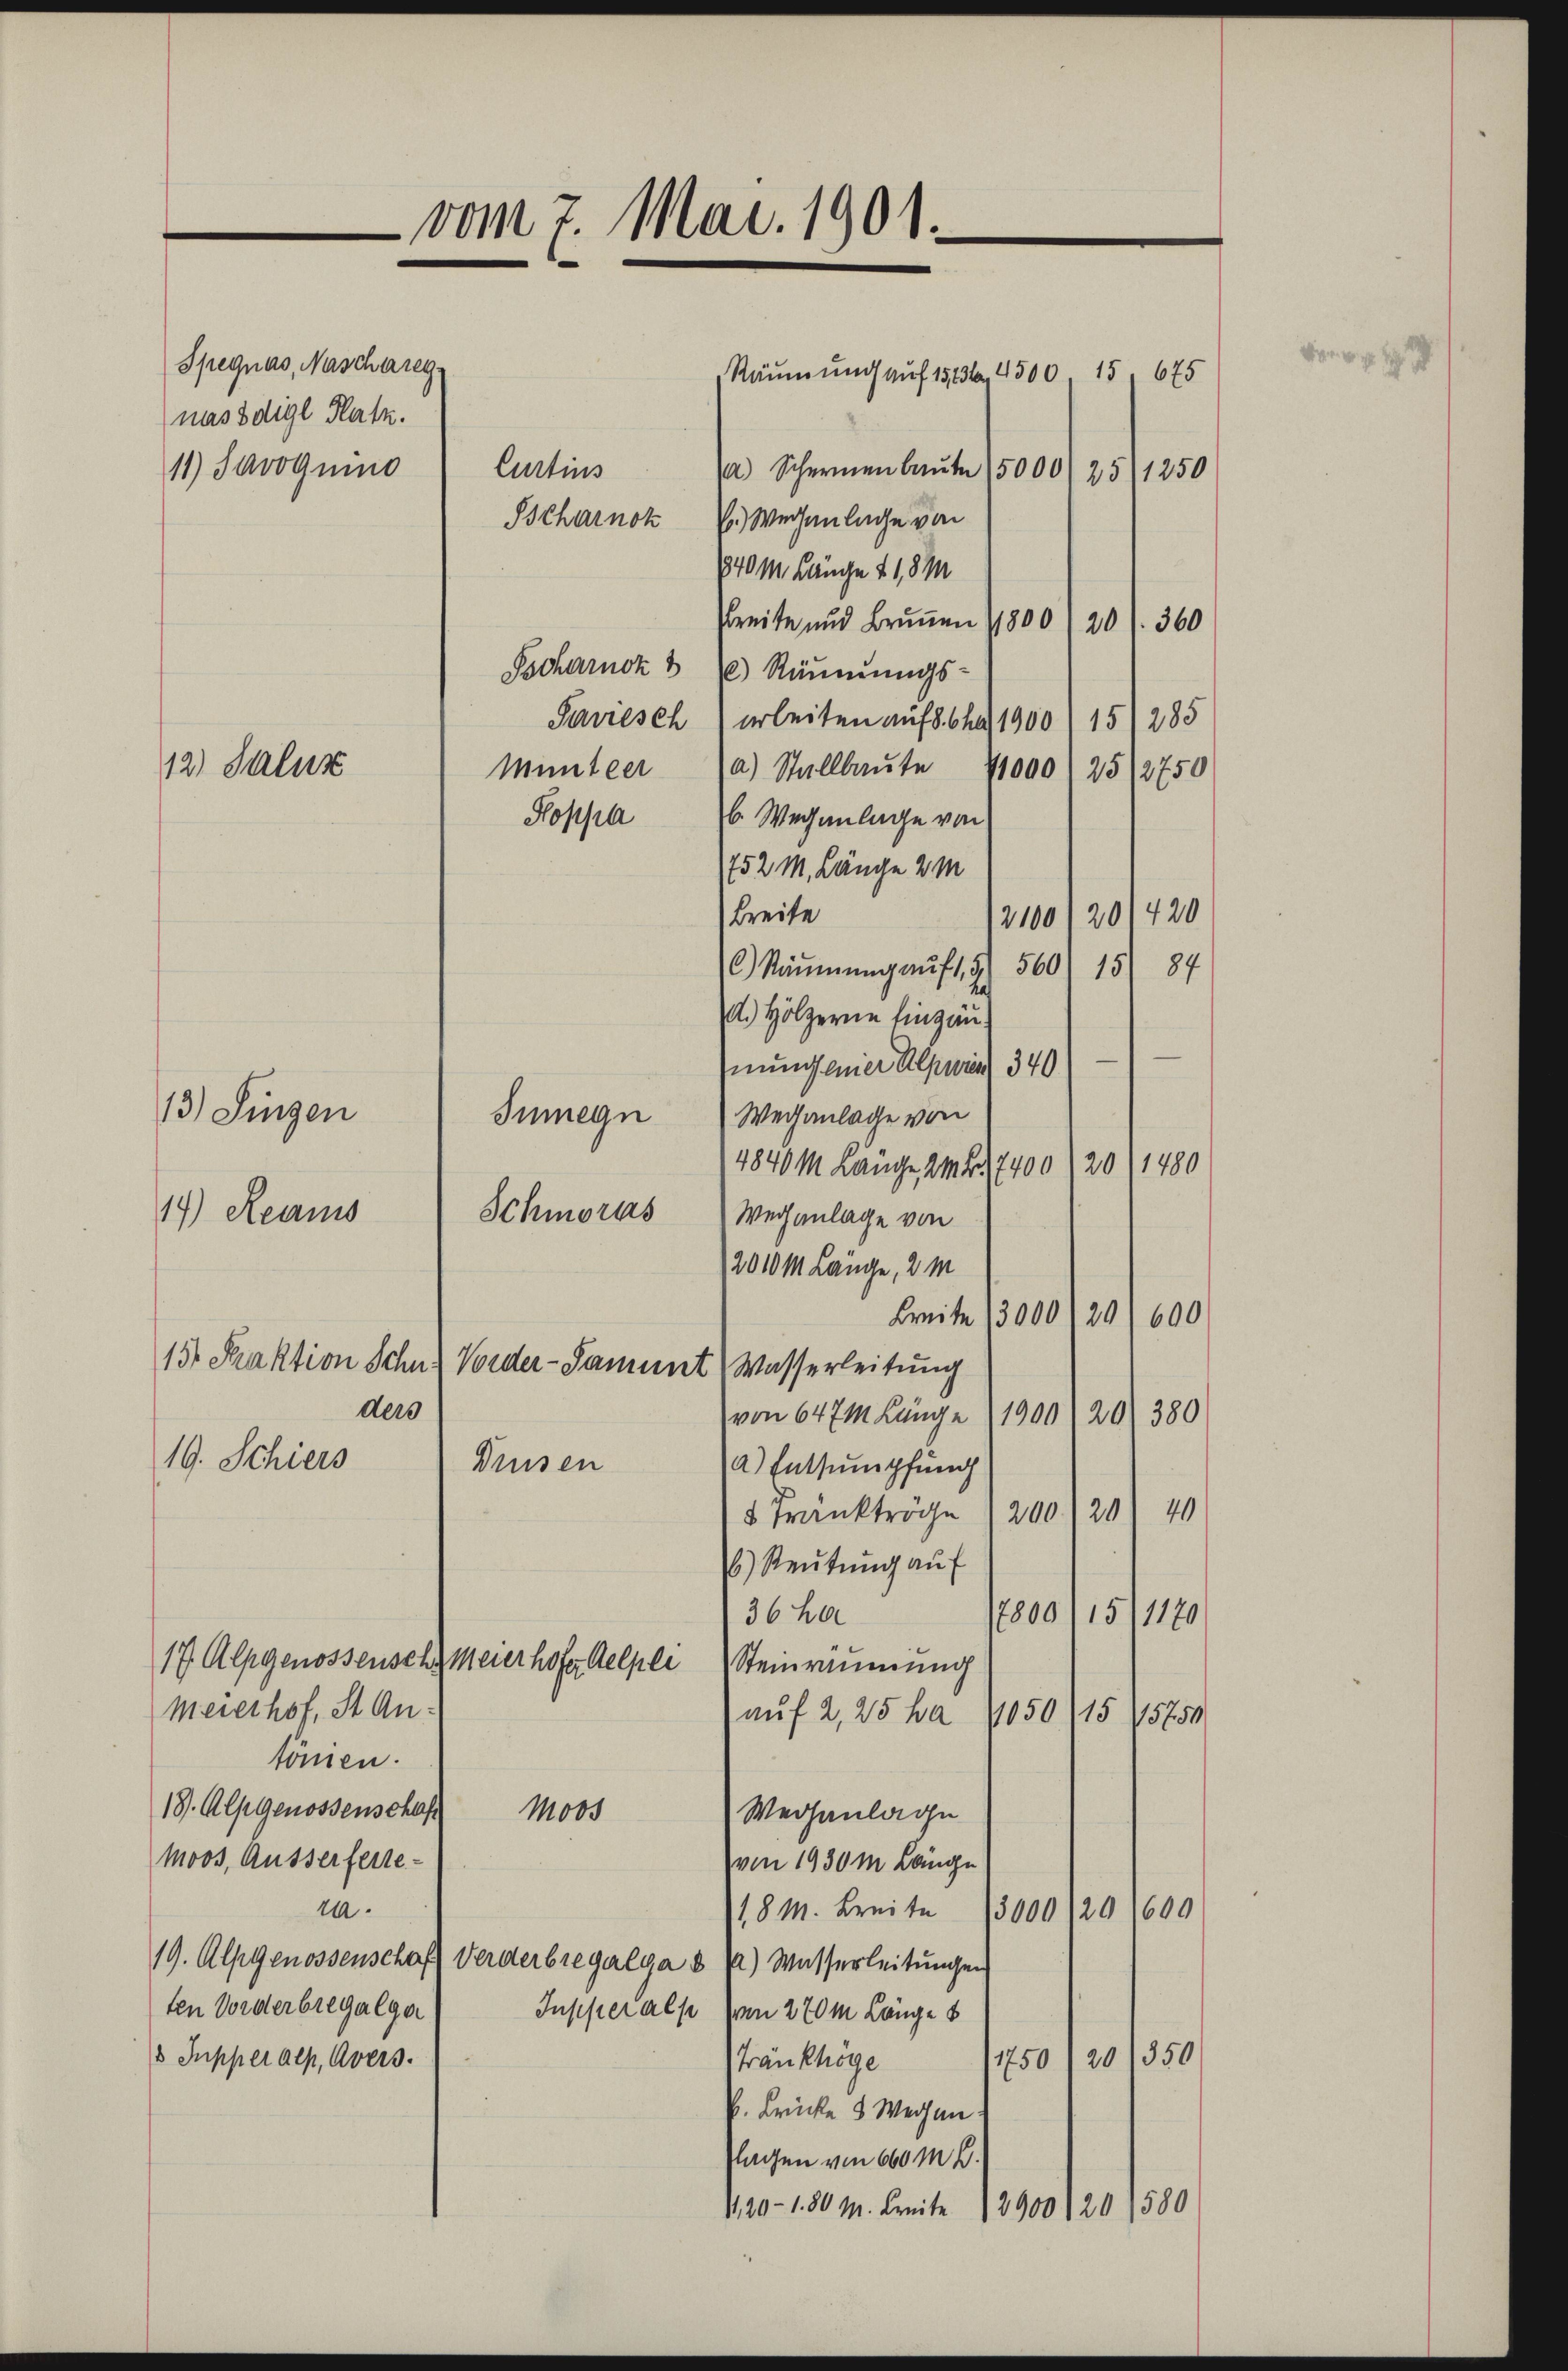
Spegnas, Naschareg
nas Idige Platz.
11) Javoguino

Tscharnok  Wegenlage von
840 M. Länge 1 189
Tscharnoz 3 ½ Räŭmŭngs-
Parrisch arbeiten auf 86/1900/15) 285
Müteer (a) Stallbaŭte 11000' 25/2750
b. Weganlage von
752 M. Länge 2 m
Breite
A. Hölzerne Eingau.
nung einer Alpwirt 340
13) Singen
Inmegn
Weganlage von
1840 M Länge, 1m B., 1400) 20 (1480
14) Reims
Schmores Weganlage von
2010m Länge, 2 m
Breite 13000/20/ 600
15 Praktion Schn Vorder-Sament Wasserleitung
ders
von 647 M Länge 1900, 20) 380
19. Schiers
Drusen
a) Entsumpfung
44
5 Franktröge 200 (20
b) Reŭtŭng auf
7800115/1179
36 ha
17 Alpgenossensch Meierhofer Gelple Steinräumung
meierhof, St. Anauf 2,25 ha /050/15
15750
tömen.
18. Alpgenossenschaf
Moos
Weihanlage
Moos, Ausserferte
von 1930m Länge
r.
18 M. Breite 300029 600
19. Alpgenossenschaft Verderbregalga 8 P) Wasserleitungen
ten Vorderbregalger
Insperalp vom 270m Länge
 Supper alp, Avers.
1750/20/350
Tränkhöge
V. Brücke 8 Wegen:
lagen von 600 m B.

12) Salur

vom 7. Mai. 1901.

Curtins

Koppa

Räumung auf 1573, 4500 15. 675
a) Scheren laute 15000/25/1250
Preise und Brunnen 1800 / 20 f. 360
2100/201720
C) Räumung auf 1, 5 5601 15) 84

9001201580